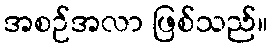
အစဉ်အလာ ဖြစ်သည်။